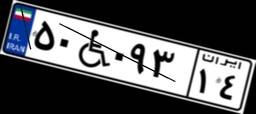
۵۰W۰۹۳۱۴